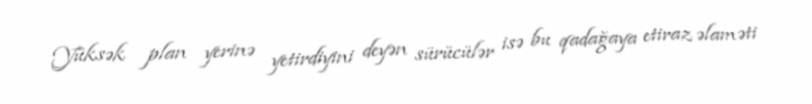
Yüksək plan yerinə yetirdiyini deyən sürücülər isə bu qadağaya etiraz əlaməti